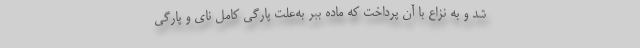
شد و به نزاع با آن پرداخت که ماده ببر به‌علت پارگی کامل نای و پارگی